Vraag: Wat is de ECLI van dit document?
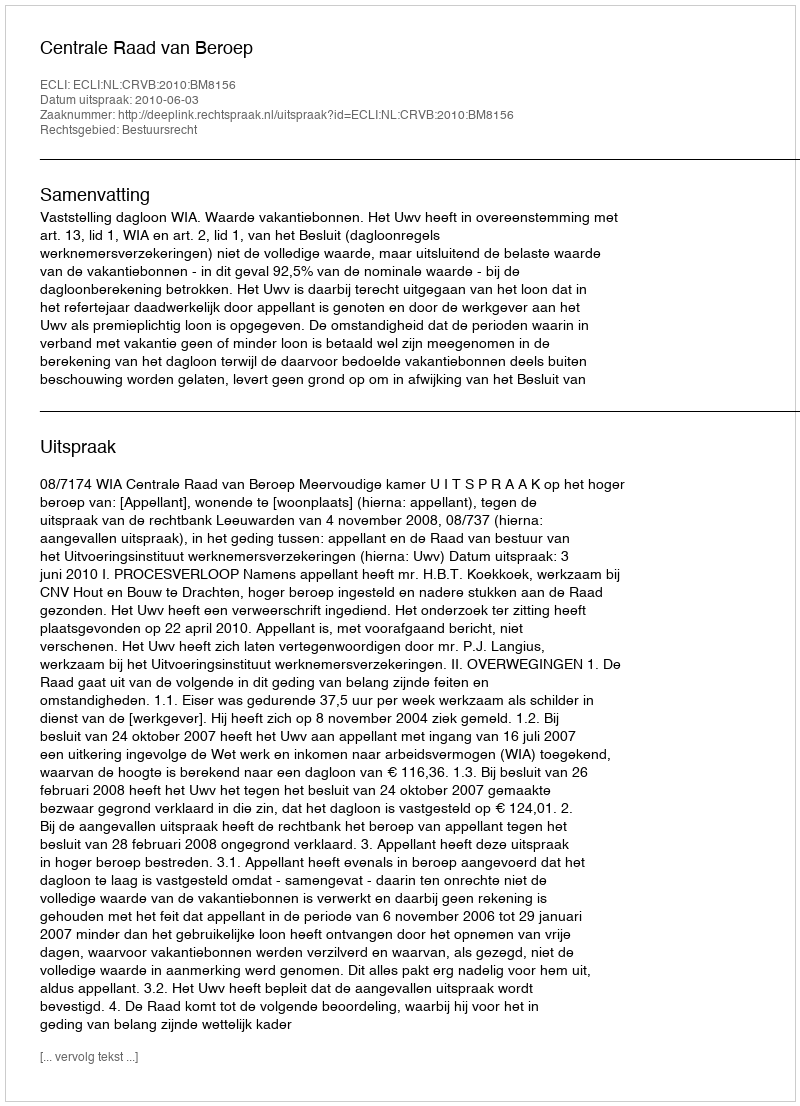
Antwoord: ECLI:NL:CRVB:2010:BM8156